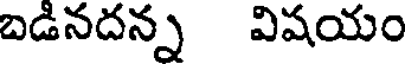
బడినదన్న విషయం